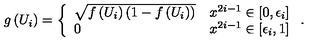
g \left( U _ { i } \right) = \left\{ \begin{array} { l l } { \sqrt { f \left( U _ { i } \right) \left( 1 - f \left( U _ { i } \right) \right) } } & { x ^ { 2 i - 1 } \in \left[ 0 , \epsilon _ { i } \right] } \\ { 0 } & { x ^ { 2 i - 1 } \in \left[ \epsilon _ { i } , 1 \right] } \\ \end{array} \right. .